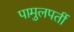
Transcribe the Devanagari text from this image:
पामुलपर्ती